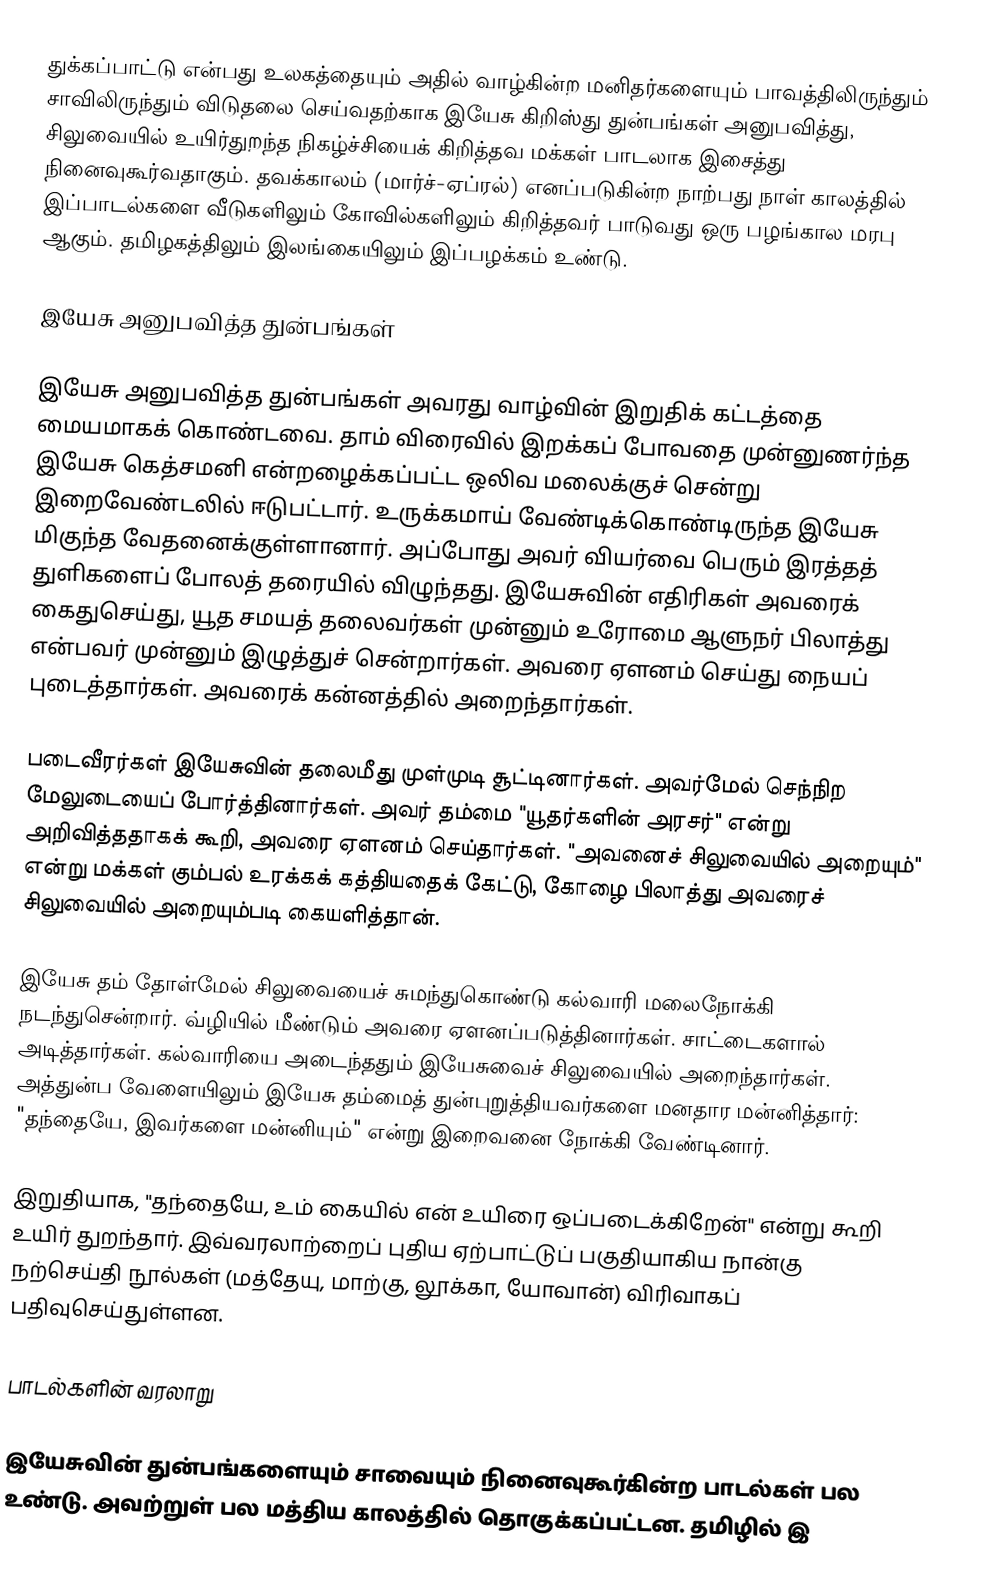
துக்கப்பாட்டு என்பது உலகத்தையும் அதில் வாழ்கின்ற மனிதர்களையும் பாவத்திலிருந்தும் சாவிலிருந்தும் விடுதலை செய்வதற்காக இயேசு கிறிஸ்து துன்பங்கள் அனுபவித்து, சிலுவையில் உயிர்துறந்த நிகழ்ச்சியைக் கிறித்தவ மக்கள் பாடலாக இசைத்து நினைவுகூர்வதாகும். தவக்காலம் (மார்ச்-ஏப்ரல்) எனப்படுகின்ற நாற்பது நாள் காலத்தில் இப்பாடல்களை வீடுகளிலும் கோவில்களிலும் கிறித்தவர் பாடுவது ஒரு பழங்கால மரபு ஆகும். தமிழகத்திலும் இலங்கையிலும் இப்பழக்கம் உண்டு.

இயேசு அனுபவித்த துன்பங்கள்

இயேசு அனுபவித்த துன்பங்கள் அவரது வாழ்வின் இறுதிக் கட்டத்தை மையமாகக் கொண்டவை. தாம் விரைவில் இறக்கப் போவதை முன்னுணர்ந்த இயேசு கெத்சமனி என்றழைக்கப்பட்ட ஒலிவ மலைக்குச் சென்று இறைவேண்டலில் ஈடுபட்டார். உருக்கமாய் வேண்டிக்கொண்டிருந்த இயேசு மிகுந்த வேதனைக்குள்ளானார். அப்போது அவர் வியர்வை பெரும் இரத்தத் துளிகளைப் போலத் தரையில் விழுந்தது. இயேசுவின் எதிரிகள் அவரைக் கைதுசெய்து, யூத சமயத் தலைவர்கள் முன்னும் உரோமை ஆளுநர் பிலாத்து என்பவர் முன்னும் இழுத்துச் சென்றார்கள். அவரை ஏளனம் செய்து நையப் புடைத்தார்கள். அவரைக் கன்னத்தில் அறைந்தார்கள்.

படைவீரர்கள் இயேசுவின் தலைமீது முள்முடி சூட்டினார்கள். அவர்மேல் செந்நிற மேலுடையைப் போர்த்தினார்கள். அவர் தம்மை "யூதர்களின் அரசர்" என்று அறிவித்ததாகக் கூறி, அவரை ஏளனம் செய்தார்கள். "அவனைச் சிலுவையில் அறையும்" என்று மக்கள் கும்பல் உரக்கக் கத்தியதைக் கேட்டு, கோழை பிலாத்து அவரைச் சிலுவையில் அறையும்படி கையளித்தான்.

இயேசு தம் தோள்மேல் சிலுவையைச் சுமந்துகொண்டு கல்வாரி மலைநோக்கி நடந்துசென்றார். வ்ழியில் மீண்டும் அவரை ஏளனப்படுத்தினார்கள். சாட்டைகளால் அடித்தார்கள். கல்வாரியை அடைந்ததும் இயேசுவைச் சிலுவையில் அறைந்தார்கள். அத்துன்ப வேளையிலும் இயேசு தம்மைத் துன்புறுத்தியவர்களை மனதார மன்னித்தார்: "தந்தையே, இவர்களை மன்னியும்" என்று இறைவனை நோக்கி வேண்டினார்.

இறுதியாக, "தந்தையே, உம் கையில் என் உயிரை ஒப்படைக்கிறேன்" என்று கூறி உயிர் துறந்தார். இவ்வரலாற்றைப் புதிய ஏற்பாட்டுப் பகுதியாகிய நான்கு நற்செய்தி நூல்கள் (மத்தேயு, மாற்கு, லூக்கா, யோவான்) விரிவாகப் பதிவுசெய்துள்ளன.

பாடல்களின் வரலாறு

இயேசுவின் துன்பங்களையும் சாவையும் நினைவுகூர்கின்ற பாடல்கள் பல உண்டு. அவற்றுள் பல மத்திய காலத்தில் தொகுக்கப்பட்டன. தமிழில் இ